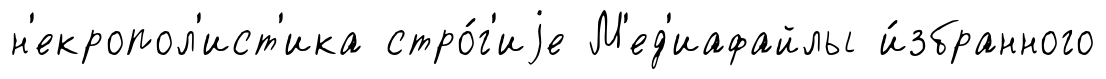
н'екропол'ист'ика стро́г'иjе М'ед'иафайлы и́збранного